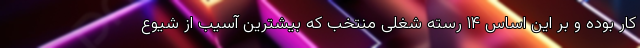
کار بوده و بر این اساس ۱۴ رسته شغلی منتخب که بیشترین آسیب از شیوع